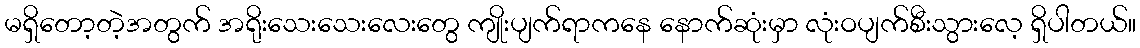
မရှိတော့တဲ့အတွက် အရိုးသေးသေးလေးတွေ ကျိုးပျက်ရာကနေ နောက်ဆုံးမှာ လုံးဝပျက်စီးသွားလေ့ ရှိပါတယ်။